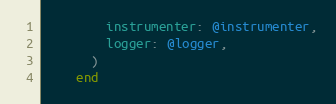
Language: Ruby
        instrumenter: @instrumenter,
        logger: @logger,
      )
    end